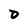
Character: D